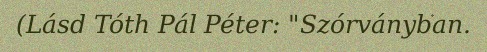
(Lásd Tóth Pál Péter: "Szórványban.